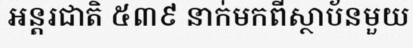
អន្តរជាតិ ៥៣៩ នាក់មកពីស្ថាប័នមួយ